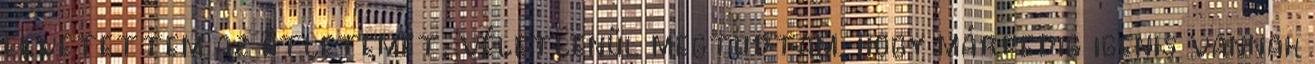
elvetettem az ötletemet, véletlenül megtudtam, hogy márpedig igenis vannak